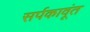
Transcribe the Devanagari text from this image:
सर्पकावूंत